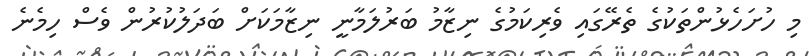
މި ހުށަހެޅުންތަކުގެ ތެރޭގައި ވެރިކަމުގެ ނިޒާމު ބަރުލަމާނީ ނިޒާމަކަށް ބަދަލުކުރުން ވެސް ހިމެނެ